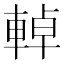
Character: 𨌬